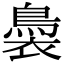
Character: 䙚